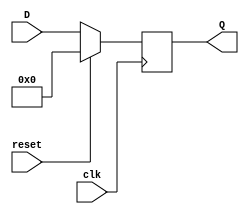
module synchronous_register #(
    parameter WIDTH = 8  // Parameter for bit-width of the register
)(
    input wire [WIDTH-1:0] D,   // Data input
    input wire clk,              // Clock signal
    input wire reset,            // Reset signal (active high)
    output reg [WIDTH-1:0] Q     // Data output
);

    // Synchronous process for register operation
    always @(posedge clk) begin
        if (reset) begin
            Q <= {WIDTH{1'b0}};    // Clear register to zero on reset
        end else begin
            Q <= D;                // Update register with data input
        end
    end

endmodule